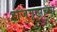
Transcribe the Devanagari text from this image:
राजगृहाच्या